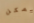
يمكن